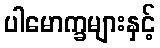
ပါမောက္ခများနှင့်